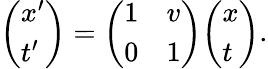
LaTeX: {\left(\begin{array}{l}{x^{\prime}}\\ {t^{\prime}}\end{array}\right)}={\left(\begin{array}{ll}{1}&{v}\\ {0}&{1}\end{array}\right)}{\left(\begin{array}{l}{x}\\ {t}\end{array}\right)}.